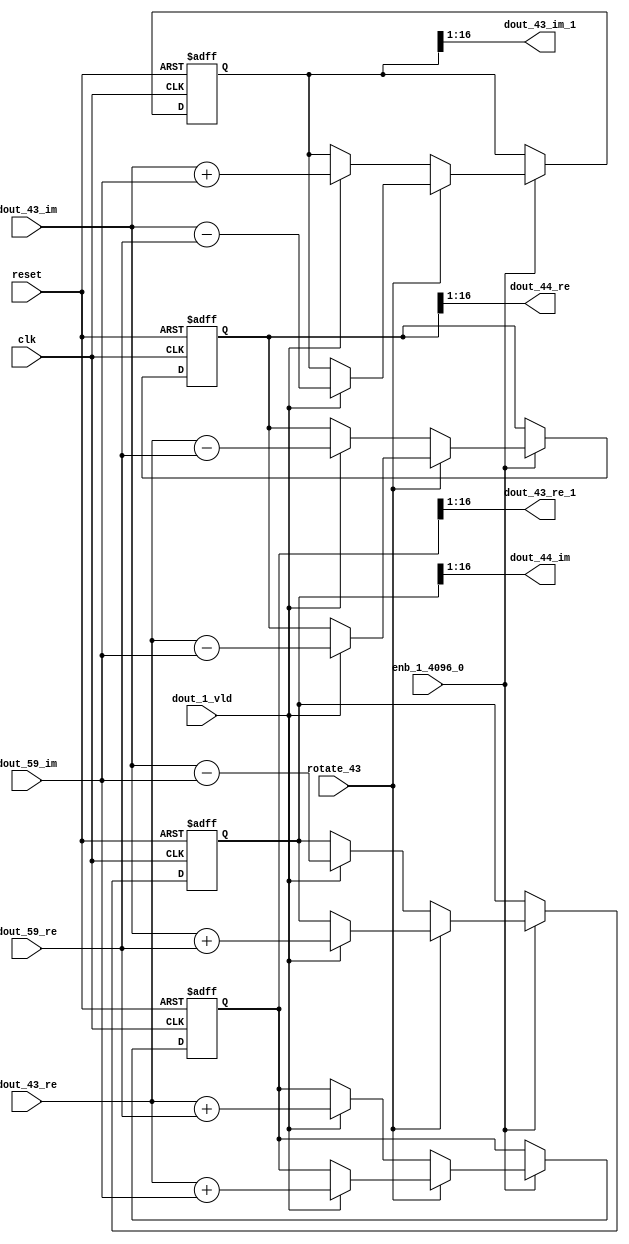
// -------------------------------------------------------------
// 
// 
// Generated by MATLAB 9.14 and HDL Coder 4.1
// 
// -------------------------------------------------------------


// -------------------------------------------------------------
// 
// Module: RADIX22FFT_SDNF2_4_block20
// Source Path: dsphdl.IFFT/RADIX22FFT_SDNF2_4
// Hierarchy Level: 4
// 
// -------------------------------------------------------------

`timescale 1 ns / 1 ns

module RADIX22FFT_SDNF2_4_block20
          (clk,
           reset,
           enb_1_4096_0,
           rotate_43,
           dout_43_re,
           dout_43_im,
           dout_59_re,
           dout_59_im,
           dout_1_vld,
           dout_43_re_1,
           dout_43_im_1,
           dout_44_re,
           dout_44_im);


  input   clk;
  input   reset;
  input   enb_1_4096_0;
  input   rotate_43;  // ufix1
  input   signed [15:0] dout_43_re;  // sfix16_En14
  input   signed [15:0] dout_43_im;  // sfix16_En14
  input   signed [15:0] dout_59_re;  // sfix16_En14
  input   signed [15:0] dout_59_im;  // sfix16_En14
  input   dout_1_vld;
  output  signed [15:0] dout_43_re_1;  // sfix16_En14
  output  signed [15:0] dout_43_im_1;  // sfix16_En14
  output  signed [15:0] dout_44_re;  // sfix16_En14
  output  signed [15:0] dout_44_im;  // sfix16_En14


  reg  Radix22ButterflyG2_NF_din_vld_dly;
  reg signed [16:0] Radix22ButterflyG2_NF_btf1_re_reg;  // sfix17
  reg signed [16:0] Radix22ButterflyG2_NF_btf1_im_reg;  // sfix17
  reg signed [16:0] Radix22ButterflyG2_NF_btf2_re_reg;  // sfix17
  reg signed [16:0] Radix22ButterflyG2_NF_btf2_im_reg;  // sfix17
  reg  Radix22ButterflyG2_NF_din_vld_dly_next;
  reg signed [16:0] Radix22ButterflyG2_NF_btf1_re_reg_next;  // sfix17_En14
  reg signed [16:0] Radix22ButterflyG2_NF_btf1_im_reg_next;  // sfix17_En14
  reg signed [16:0] Radix22ButterflyG2_NF_btf2_re_reg_next;  // sfix17_En14
  reg signed [16:0] Radix22ButterflyG2_NF_btf2_im_reg_next;  // sfix17_En14
  reg signed [15:0] dout_43_re_2;  // sfix16_En14
  reg signed [15:0] dout_43_im_2;  // sfix16_En14
  reg signed [15:0] dout_44_re_1;  // sfix16_En14
  reg signed [15:0] dout_44_im_1;  // sfix16_En14
  reg  dout_4_vld;
  reg signed [16:0] Radix22ButterflyG2_NF_add_cast;  // sfix17_En14
  reg signed [16:0] Radix22ButterflyG2_NF_add_cast_0;  // sfix17_En14
  reg signed [16:0] Radix22ButterflyG2_NF_add_cast_1;  // sfix17_En14
  reg signed [16:0] Radix22ButterflyG2_NF_add_cast_2;  // sfix17_En14
  reg signed [16:0] Radix22ButterflyG2_NF_sub_cast;  // sfix17_En14
  reg signed [16:0] Radix22ButterflyG2_NF_sub_cast_0;  // sfix17_En14
  reg signed [16:0] Radix22ButterflyG2_NF_sub_cast_1;  // sfix17_En14
  reg signed [16:0] Radix22ButterflyG2_NF_sub_cast_2;  // sfix17_En14
  reg signed [16:0] Radix22ButterflyG2_NF_sra_temp;  // sfix17_En14
  reg signed [16:0] Radix22ButterflyG2_NF_add_cast_3;  // sfix17_En14
  reg signed [16:0] Radix22ButterflyG2_NF_add_cast_4;  // sfix17_En14
  reg signed [16:0] Radix22ButterflyG2_NF_add_cast_5;  // sfix17_En14
  reg signed [16:0] Radix22ButterflyG2_NF_add_cast_6;  // sfix17_En14
  reg signed [16:0] Radix22ButterflyG2_NF_sra_temp_0;  // sfix17_En14
  reg signed [16:0] Radix22ButterflyG2_NF_sub_cast_3;  // sfix17_En14
  reg signed [16:0] Radix22ButterflyG2_NF_sub_cast_4;  // sfix17_En14
  reg signed [16:0] Radix22ButterflyG2_NF_sub_cast_5;  // sfix17_En14
  reg signed [16:0] Radix22ButterflyG2_NF_sub_cast_6;  // sfix17_En14
  reg signed [16:0] Radix22ButterflyG2_NF_sra_temp_1;  // sfix17_En14
  reg signed [16:0] Radix22ButterflyG2_NF_sra_temp_2;  // sfix17_En14


  // Radix22ButterflyG2_NF
  always @(posedge clk or posedge reset)
    begin : Radix22ButterflyG2_NF_process
      if (reset == 1'b1) begin
        Radix22ButterflyG2_NF_din_vld_dly <= 1'b0;
        Radix22ButterflyG2_NF_btf1_re_reg <= 17'sb00000000000000000;
        Radix22ButterflyG2_NF_btf1_im_reg <= 17'sb00000000000000000;
        Radix22ButterflyG2_NF_btf2_re_reg <= 17'sb00000000000000000;
        Radix22ButterflyG2_NF_btf2_im_reg <= 17'sb00000000000000000;
      end
      else begin
        if (enb_1_4096_0) begin
          Radix22ButterflyG2_NF_din_vld_dly <= Radix22ButterflyG2_NF_din_vld_dly_next;
          Radix22ButterflyG2_NF_btf1_re_reg <= Radix22ButterflyG2_NF_btf1_re_reg_next;
          Radix22ButterflyG2_NF_btf1_im_reg <= Radix22ButterflyG2_NF_btf1_im_reg_next;
          Radix22ButterflyG2_NF_btf2_re_reg <= Radix22ButterflyG2_NF_btf2_re_reg_next;
          Radix22ButterflyG2_NF_btf2_im_reg <= Radix22ButterflyG2_NF_btf2_im_reg_next;
        end
      end
    end

  always @(Radix22ButterflyG2_NF_btf1_im_reg, Radix22ButterflyG2_NF_btf1_re_reg,
       Radix22ButterflyG2_NF_btf2_im_reg, Radix22ButterflyG2_NF_btf2_re_reg,
       Radix22ButterflyG2_NF_din_vld_dly, dout_1_vld, dout_43_im, dout_43_re,
       dout_59_im, dout_59_re, rotate_43) begin
    Radix22ButterflyG2_NF_add_cast_1 = 17'sb00000000000000000;
    Radix22ButterflyG2_NF_add_cast_2 = 17'sb00000000000000000;
    Radix22ButterflyG2_NF_sub_cast_1 = 17'sb00000000000000000;
    Radix22ButterflyG2_NF_sub_cast_2 = 17'sb00000000000000000;
    Radix22ButterflyG2_NF_add_cast_5 = 17'sb00000000000000000;
    Radix22ButterflyG2_NF_add_cast_6 = 17'sb00000000000000000;
    Radix22ButterflyG2_NF_sub_cast_5 = 17'sb00000000000000000;
    Radix22ButterflyG2_NF_sub_cast_6 = 17'sb00000000000000000;
    Radix22ButterflyG2_NF_add_cast = 17'sb00000000000000000;
    Radix22ButterflyG2_NF_add_cast_0 = 17'sb00000000000000000;
    Radix22ButterflyG2_NF_sub_cast = 17'sb00000000000000000;
    Radix22ButterflyG2_NF_sub_cast_0 = 17'sb00000000000000000;
    Radix22ButterflyG2_NF_add_cast_3 = 17'sb00000000000000000;
    Radix22ButterflyG2_NF_add_cast_4 = 17'sb00000000000000000;
    Radix22ButterflyG2_NF_sub_cast_3 = 17'sb00000000000000000;
    Radix22ButterflyG2_NF_sub_cast_4 = 17'sb00000000000000000;
    Radix22ButterflyG2_NF_btf1_re_reg_next = Radix22ButterflyG2_NF_btf1_re_reg;
    Radix22ButterflyG2_NF_btf1_im_reg_next = Radix22ButterflyG2_NF_btf1_im_reg;
    Radix22ButterflyG2_NF_btf2_re_reg_next = Radix22ButterflyG2_NF_btf2_re_reg;
    Radix22ButterflyG2_NF_btf2_im_reg_next = Radix22ButterflyG2_NF_btf2_im_reg;
    Radix22ButterflyG2_NF_din_vld_dly_next = dout_1_vld;
    if (rotate_43 != 1'b0) begin
      if (dout_1_vld) begin
        Radix22ButterflyG2_NF_add_cast_1 = {dout_43_re[15], dout_43_re};
        Radix22ButterflyG2_NF_add_cast_2 = {dout_59_im[15], dout_59_im};
        Radix22ButterflyG2_NF_btf1_re_reg_next = Radix22ButterflyG2_NF_add_cast_1 + Radix22ButterflyG2_NF_add_cast_2;
        Radix22ButterflyG2_NF_sub_cast_1 = {dout_43_re[15], dout_43_re};
        Radix22ButterflyG2_NF_sub_cast_2 = {dout_59_im[15], dout_59_im};
        Radix22ButterflyG2_NF_btf2_re_reg_next = Radix22ButterflyG2_NF_sub_cast_1 - Radix22ButterflyG2_NF_sub_cast_2;
        Radix22ButterflyG2_NF_add_cast_5 = {dout_43_im[15], dout_43_im};
        Radix22ButterflyG2_NF_add_cast_6 = {dout_59_re[15], dout_59_re};
        Radix22ButterflyG2_NF_btf2_im_reg_next = Radix22ButterflyG2_NF_add_cast_5 + Radix22ButterflyG2_NF_add_cast_6;
        Radix22ButterflyG2_NF_sub_cast_5 = {dout_43_im[15], dout_43_im};
        Radix22ButterflyG2_NF_sub_cast_6 = {dout_59_re[15], dout_59_re};
        Radix22ButterflyG2_NF_btf1_im_reg_next = Radix22ButterflyG2_NF_sub_cast_5 - Radix22ButterflyG2_NF_sub_cast_6;
      end
    end
    else if (dout_1_vld) begin
      Radix22ButterflyG2_NF_add_cast = {dout_43_re[15], dout_43_re};
      Radix22ButterflyG2_NF_add_cast_0 = {dout_59_re[15], dout_59_re};
      Radix22ButterflyG2_NF_btf1_re_reg_next = Radix22ButterflyG2_NF_add_cast + Radix22ButterflyG2_NF_add_cast_0;
      Radix22ButterflyG2_NF_sub_cast = {dout_43_re[15], dout_43_re};
      Radix22ButterflyG2_NF_sub_cast_0 = {dout_59_re[15], dout_59_re};
      Radix22ButterflyG2_NF_btf2_re_reg_next = Radix22ButterflyG2_NF_sub_cast - Radix22ButterflyG2_NF_sub_cast_0;
      Radix22ButterflyG2_NF_add_cast_3 = {dout_43_im[15], dout_43_im};
      Radix22ButterflyG2_NF_add_cast_4 = {dout_59_im[15], dout_59_im};
      Radix22ButterflyG2_NF_btf1_im_reg_next = Radix22ButterflyG2_NF_add_cast_3 + Radix22ButterflyG2_NF_add_cast_4;
      Radix22ButterflyG2_NF_sub_cast_3 = {dout_43_im[15], dout_43_im};
      Radix22ButterflyG2_NF_sub_cast_4 = {dout_59_im[15], dout_59_im};
      Radix22ButterflyG2_NF_btf2_im_reg_next = Radix22ButterflyG2_NF_sub_cast_3 - Radix22ButterflyG2_NF_sub_cast_4;
    end
    Radix22ButterflyG2_NF_sra_temp = Radix22ButterflyG2_NF_btf1_re_reg >>> 8'd1;
    dout_43_re_2 = Radix22ButterflyG2_NF_sra_temp[15:0];
    Radix22ButterflyG2_NF_sra_temp_0 = Radix22ButterflyG2_NF_btf1_im_reg >>> 8'd1;
    dout_43_im_2 = Radix22ButterflyG2_NF_sra_temp_0[15:0];
    Radix22ButterflyG2_NF_sra_temp_1 = Radix22ButterflyG2_NF_btf2_re_reg >>> 8'd1;
    dout_44_re_1 = Radix22ButterflyG2_NF_sra_temp_1[15:0];
    Radix22ButterflyG2_NF_sra_temp_2 = Radix22ButterflyG2_NF_btf2_im_reg >>> 8'd1;
    dout_44_im_1 = Radix22ButterflyG2_NF_sra_temp_2[15:0];
    dout_4_vld = Radix22ButterflyG2_NF_din_vld_dly;
  end



  assign dout_43_re_1 = dout_43_re_2;

  assign dout_43_im_1 = dout_43_im_2;

  assign dout_44_re = dout_44_re_1;

  assign dout_44_im = dout_44_im_1;

endmodule  // RADIX22FFT_SDNF2_4_block20